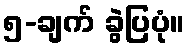
၅-ချက် ခွဲပြပုံ။